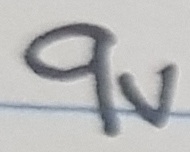
Text: 9V